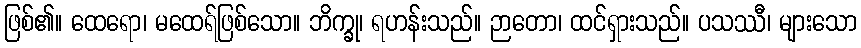
ဖြစ်၏။ ထေရော၊ မထေရ်ဖြစ်သော။ ဘိက္ခု၊ ရဟန်းသည်။ ဉာတော၊ ထင်ရှားသည်။ ပသဿီ၊ များသော